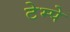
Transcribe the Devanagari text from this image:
टेम्पे